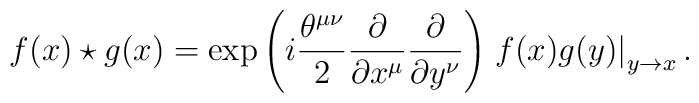
f(x)\star g(x)=\exp\left(i\frac{\theta^{\mu\nu}}{2}\frac{\partial}{\partial x^\mu}\frac{\partial}{\partial y^\nu} \right)\left. f(x)g(y) \right|_{y\to x}.